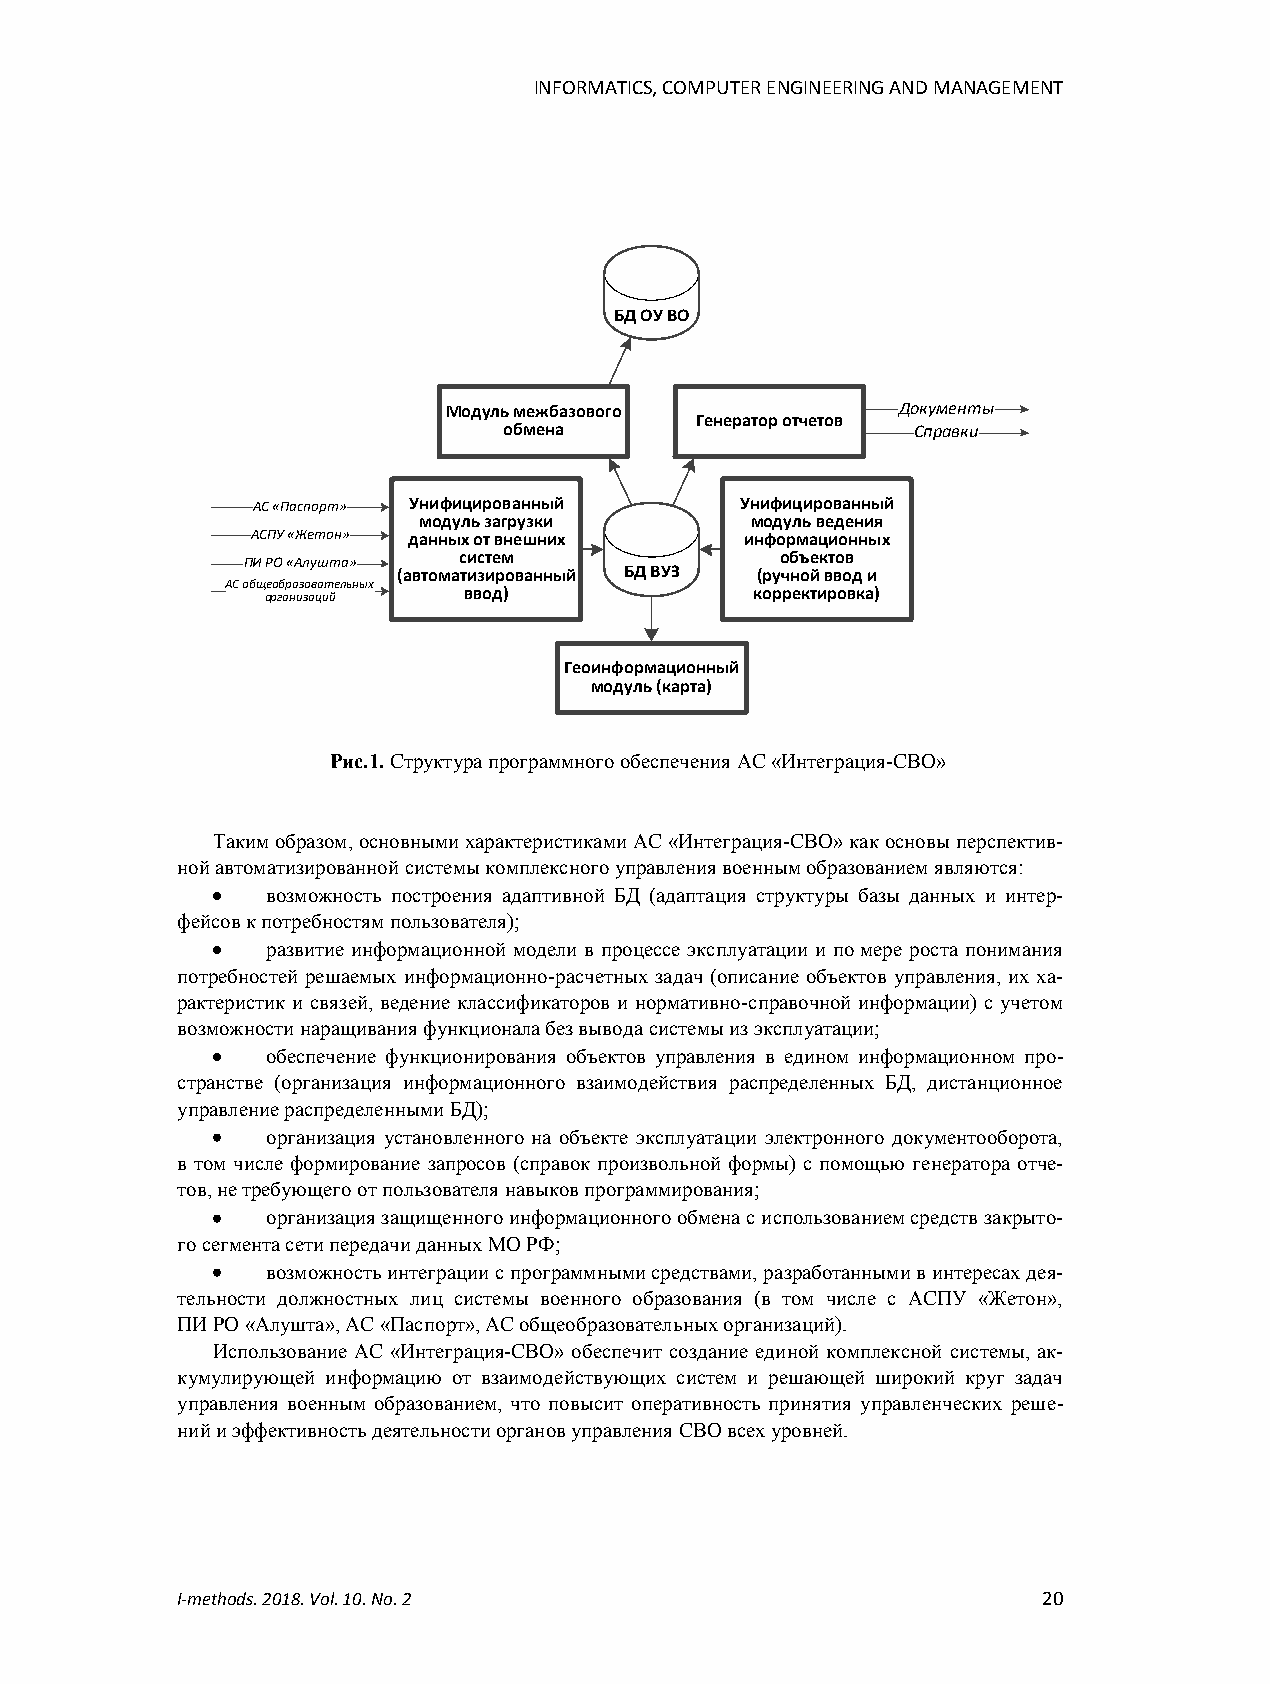
INFORMATICS, COMPUTER ENGINEERING AND MANAGEMENT
 БД ОУ ВО
 Модуль межбазового            Документы
 Генератор отчетов
 обмена                      Справки
 АС «Паспорт» Унифицированный    Унифицированный
 модуль загрузки       модуль ведения
 АСПУ «Жетон» данных от внешних  информационных
 систем                объектов
 ПИ РО «Алушта»
 (автоматизированный БД ВУЗ (ручной ввод и
 АС общеобразовательных
 организаций  ввод)              корректировка)
 Геоинформационный
 модуль (карта)
 Рис.1. Структура программного обеспечения АС «Интеграция-СВО»
 Таким образом, основными характеристиками АС «Интеграция-СВО» как основы перспектив-
 ной автоматизированной системы комплексного управления военным образованием являются:
 возможность построения адаптивной БД (адаптация структуры базы данных и интер-
 фейсов к потребностям пользователя);
 развитие информационной модели в процессе эксплуатации и по мере роста понимания
 потребностей решаемых информационно-расчетных задач (описание объектов управления, их ха-
 рактеристик и связей, ведение классификаторов и нормативно-справочной информации) с учетом
 возможности наращивания функционала без вывода системы из эксплуатации;
 обеспечение функционирования объектов управления в едином информационном про-
 странстве (организация информационного взаимодействия распределенных БД, дистанционное
 управление распределенными БД);
 организация установленного на объекте эксплуатации электронного документооборота,
 в том числе формирование запросов (справок произвольной формы) с помощью генератора отче-
 тов, не требующего от пользователя навыков программирования;
 организация защищенного информационного обмена с использованием средств закрыто-
 го сегмента сети передачи данных МО РФ;
 возможность интеграции с программными средствами, разработанными в интересах дея-
 тельности должностных лиц системы военного образования (в том числе с АСПУ «Жетон»,
 ПИ РО «Алушта», АС «Паспорт», АС общеобразовательных организаций).
 Использование АС «Интеграция-СВО» обеспечит создание единой комплексной системы, ак-
 кумулирующей информацию от взаимодействующих систем и решающей широкий круг задач
 управления военным образованием, что повысит оперативность принятия управленческих реше-
 ний и эффективность деятельности органов управления СВО всех уровней.
 I-methods. 2018. Vol. 10. No. 2                          20